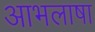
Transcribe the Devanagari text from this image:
आभलाषा